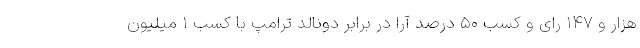
هزار و ۱۴۷ رای و کسب ۵۰ درصد آرا در برابر دونالد ترامپ با کسب ۱ میلیون